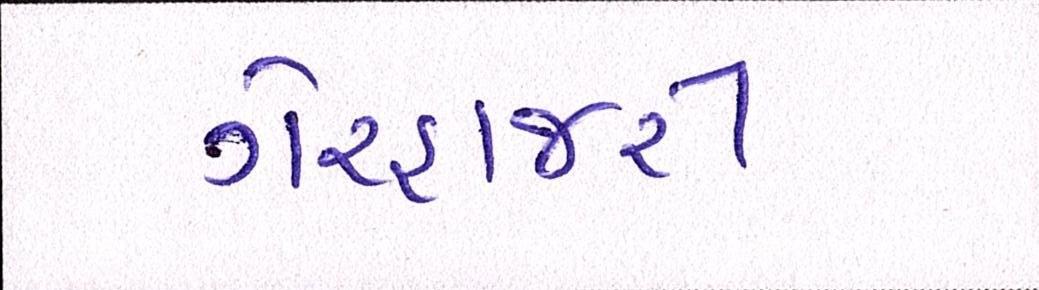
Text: ગેરહાજરી